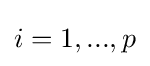
i=1,...,p